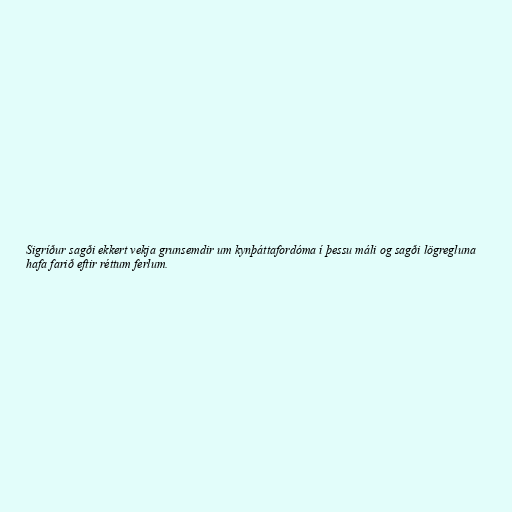
Sigríður sagði ekkert vekja grunsemdir um kynþáttafordóma í þessu máli og sagði lögregluna
hafa farið eftir réttum ferlum.